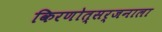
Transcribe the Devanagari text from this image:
किरणोत्सर्जनाला